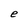
Character: e